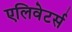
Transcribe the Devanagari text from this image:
एलिवेटर्स